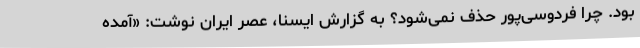
بود. چرا فردوسی‌پور حذف نمی‌شود؟ به گزارش ایسنا، عصر ایران نوشت: «آمده